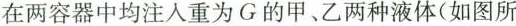
在两容器中均注入重为G的甲、乙两种液体(如图所